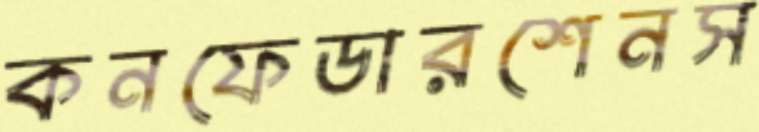
কনফেডারশেনস